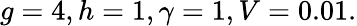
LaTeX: g=4,h=1,\gamma=1,V=0.01.